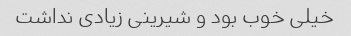
خیلی خوب بود و شیرینی زیادی نداشت